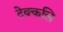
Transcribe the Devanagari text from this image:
टेक्कलि